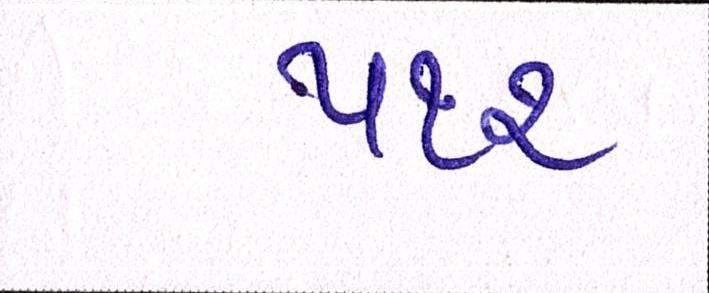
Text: ૫૧૨